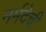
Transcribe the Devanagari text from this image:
नर्मदेची